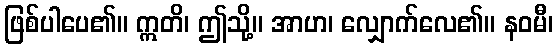
ဖြစ်ပါပေ၏။ ဣတိ၊ ဤသို့။ အာဟ၊ လျှောက်လေ၏။ နဝမီ၊